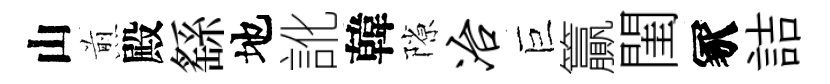
山煎殿繇地訛韓隙冶巨籯閨冢詰